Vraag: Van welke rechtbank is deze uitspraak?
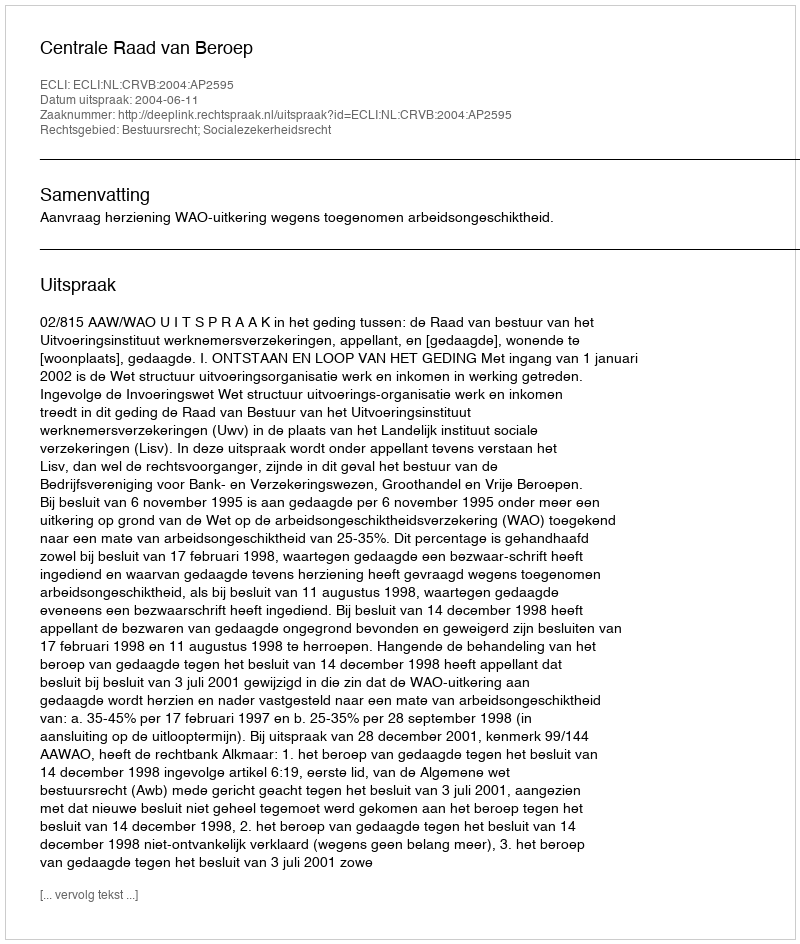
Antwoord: Centrale Raad van Beroep